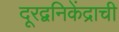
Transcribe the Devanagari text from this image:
दूरद्वनिकेंद्राची